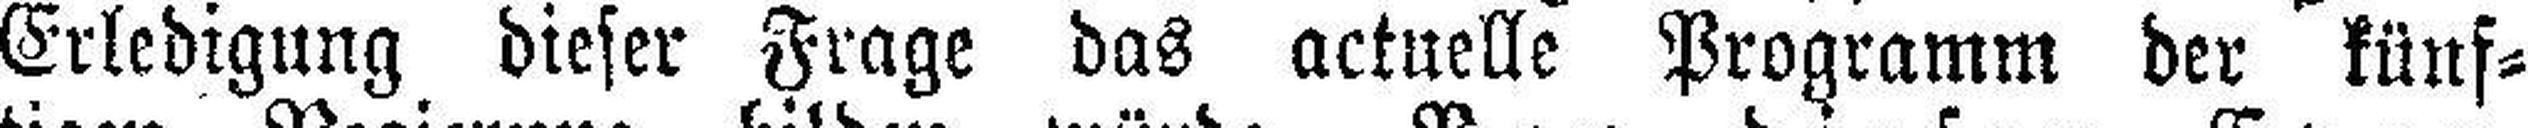
Erledigung dieser Frage das actuelle Programm der künf¬